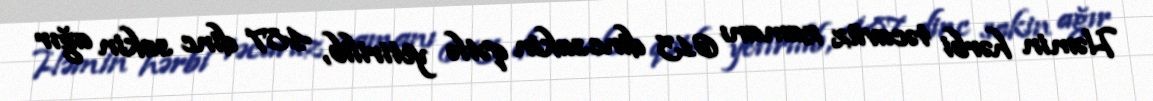
Həmin hərbi təcavüz zamanı 613 dinc sakin qətlə yetirilib, 487 dinc sakin ağır